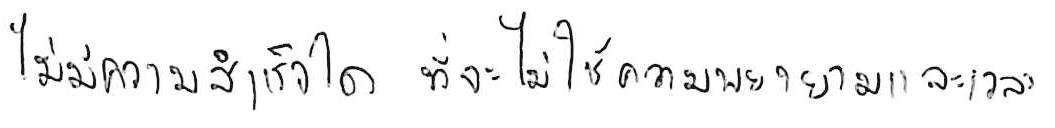
ไม่มีความสำเร็จใด ที่จะไม่ใช้ความพยายามและเวลา